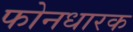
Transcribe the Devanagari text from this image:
फोनधारक